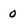
Character: 0